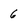
Character: 6